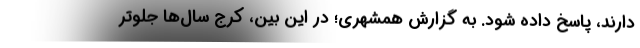
دارند، پاسخ داده شود. به گزارش همشهری؛ در این بین، کرج سال‌ها جلوتر